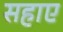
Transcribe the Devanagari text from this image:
सहाए